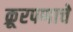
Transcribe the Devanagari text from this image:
क्रूरपणाचे